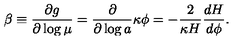
\beta \equiv { \frac { \partial g } { \partial \log \mu } } = { \frac { \partial } { \partial \log a } } \kappa \phi = - { \frac { 2 } { \kappa H } } { \frac { d H } { d \phi } } .